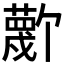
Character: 𫉼